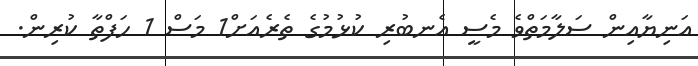
އަނިޔާއިން ސަލާމަތްވެ މެސީ އެނބުރި ކުޅުމުގެ ތެރެއަށް1 މަސް 1 ހަފްތާ ކުރިން.